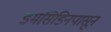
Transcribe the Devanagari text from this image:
डर्मसिडिनपासून